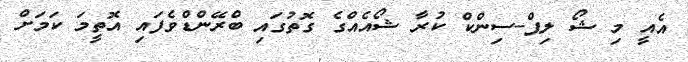
އެއީ މި ޝޯ ލިޕް-ސިންކް ކުރާ ޝޯއެއްގެ ގޮތުގައި ބްރޭންޑްވެފައި އޮތީމަ ކަމަށް